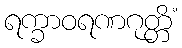
ရက္ခာဝရဏဂုတ္တိံ